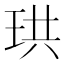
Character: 珙